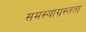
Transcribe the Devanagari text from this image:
समस्याग्रस्तता